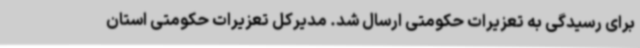
برای رسیدگی به تعزیرات حکومتی ارسال شد. مدیرکل تعزیرات حکومتی استان